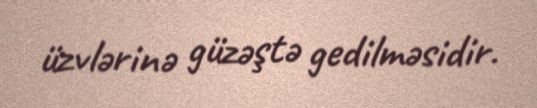
üzvlərinə güzəştə gedilməsidir.